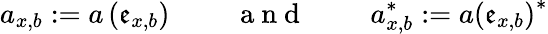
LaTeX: a_{x,b}:=a\left(\mathfrak{e}_{x,b}\right)\mathrm{~\qquad~a~n~d~\qquad~}a_{x,b}^{\ast}:=a\left(\mathfrak{e}_{x,b}\right)^{\ast}